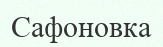
Сафоновка